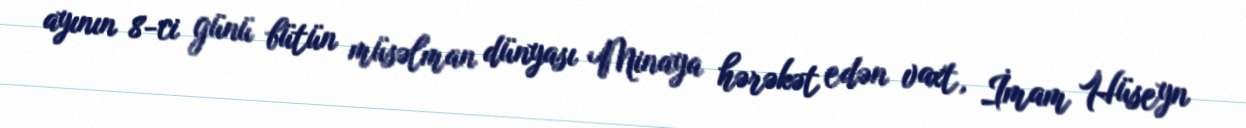
ayının 8-ci günü bütün müsəlman dünyası Minaya hərəkət edən vaxt, İmam Hüseyn